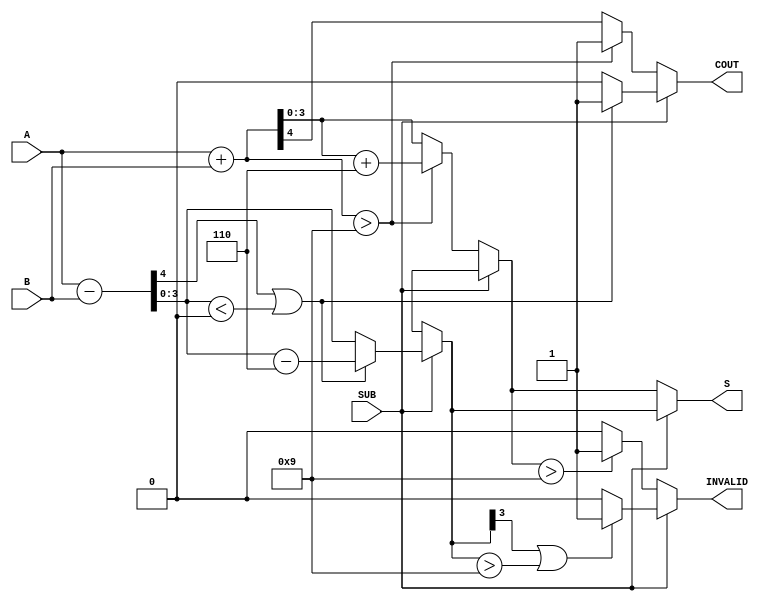
module BCD_Add_Subtracter (
    input wire [3:0] A,      // First BCD digit (4-bit input)
    input wire [3:0] B,      // Second BCD digit (4-bit input)
    input wire SUB,          // Control signal (1 for subtraction, 0 for addition)
    output reg [3:0] S,      // Resulting BCD digit (4-bit output)
    output reg COUT,         // Carry-out flag
    output reg INVALID       // Invalid BCD flag
);
    wire [4:0] sum;          // 5-bit sum for addition
    wire [4:0] sub;          // 5-bit result for subtraction
    wire correction_add;      // Correction needed for addition
    wire correction_sub;      // Correction needed for subtraction

    // BCD Addition
    assign sum = A + B;  // Calculate sum
    assign correction_add = sum > 9; // Check if correction is needed (sum exceeds BCD range)

    // BCD Subtraction
    assign sub = A - B;  // Calculate subtraction
    assign correction_sub = sub[4] || (sub[3:0] < 4'b0000); // Check for borrow or negative number

    always @(*) begin
        if (SUB == 0) begin // Addition
            S = sum[3:0]; // Take lower 4 bits of the sum
            COUT = sum[4]; // Check for carry-out
            if (correction_add) begin
                S = S + 4'b0110; // Add 6 to correct BCD
                COUT = 1'b1; // Carry-out is set
            end
            INVALID = (S > 9) ? 1'b1 : 1'b0; // Set INVALID if S > 9
        end else begin // Subtraction
            if (correction_sub) begin
                S = sub[3:0] - 4'b0110; // Subtract 6 to correct BCD
                COUT = 1'b1; // Borrow occurred
            end else begin
                S = sub[3:0]; // Direct result
                COUT = 1'b0; // No borrow
            end
            INVALID = (S[3] || (S > 9)) ? 1'b1 : 1'b0; // Set INVALID if S represents negative number or S > 9
        end
    end
endmodule